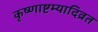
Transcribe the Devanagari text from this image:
कृष्णाष्टम्यादिव्रत